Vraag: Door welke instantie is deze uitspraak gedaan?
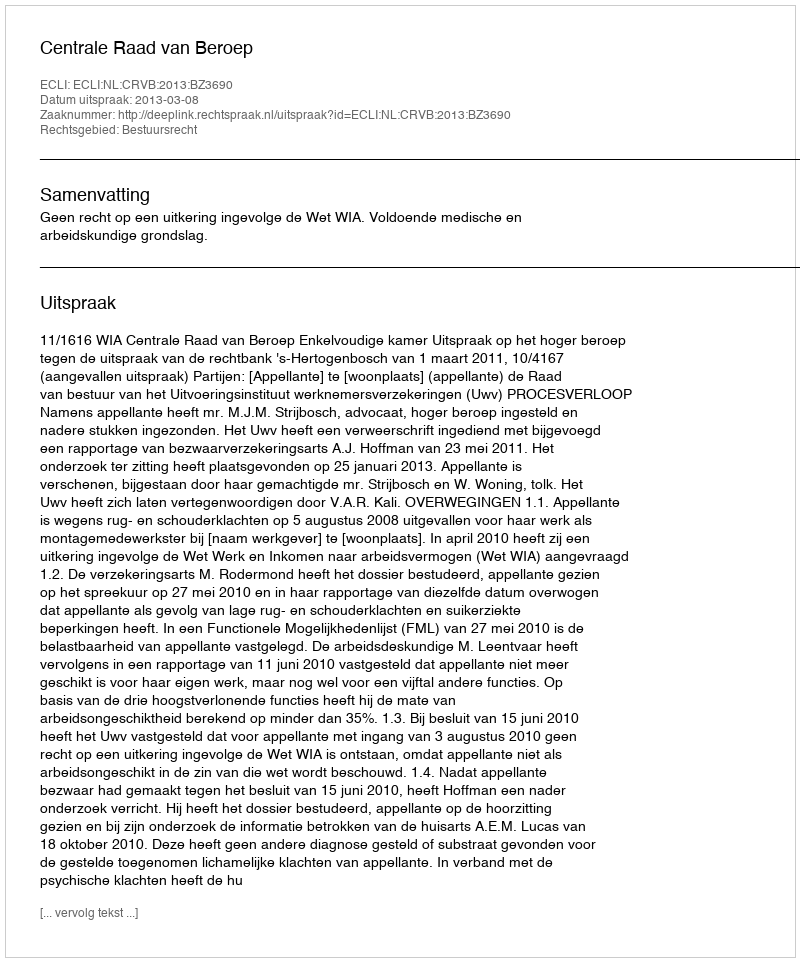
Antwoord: Centrale Raad van Beroep